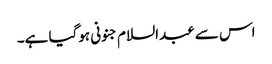
اس سے عبدالسلام جنونی ہوگیا ہے۔